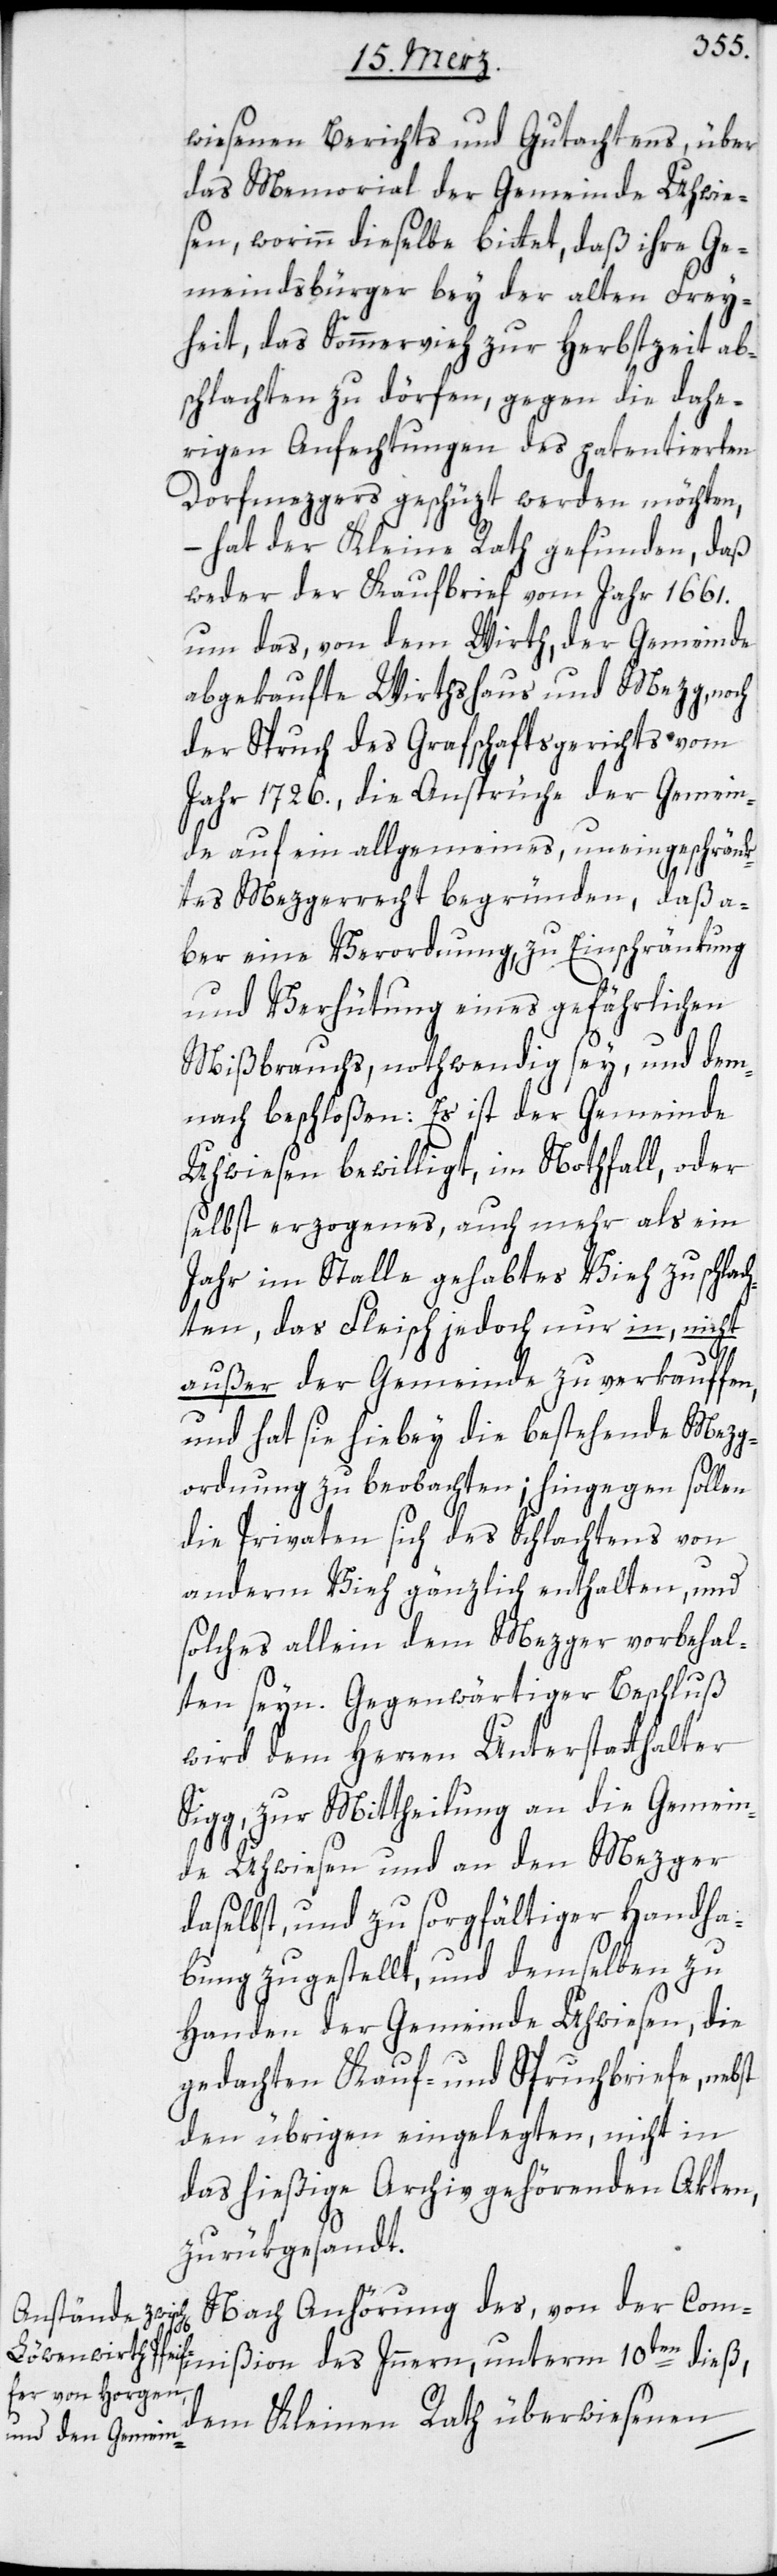
wiesenen Berichts und Gutachtens, über
das Memorial der Gemeinde Uhwie¬
sen, worinn dieselbe bittet, daß ihre Ge¬
meindsbürger bey der alten Frey¬
heit, das Sommervieh zur Herbstzeit ab¬
schlachten zu dörfen, gegen die dahe¬
rigen Anfechtungen des patentierten
Dorfmezgers geschüzt werden möchten,
– hat der Kleine Rath gefunden, daß
weder der Kaufbrief vom Jahr 1661.
um das, von dem Wirth, der Gemeinde
abgekaufte Wirthshaus und Mezg, noch
der Spruch des Grafschaftsgerichts vom
Jahr 1726., die Ansprüche der Gemein¬
de auf ein allgemeines, uneingeschränk¬
tes Mezgenrecht begründen, daß a¬
ber eine Verordnung zu Einschränkung
und Verhütung eines gefährlichen
Mißbrauchs, nothwendig sey, und dem¬
nach beschloßen: Es ist der Gemeinde
Uhwiesen bewilligt, im Nothfall, oder
selbst erzogenes, auch mehr als ein
Jahr im Stalle gehabtes Vieh zu schlac¬
hten, das Fleisch jedoch nur in, nicht
außer der Gemeinde zu verkauffen,
und hat sie hiebey die bestehende Mezg¬
ordnung zu beobachten; hingegen sollen
die Privaten sich des Schlachtens von
anderem Vieh gänzlich enthalten, und
solches allein dem Mezger vorbehal¬
ten seyn. Gegenwärtiger Beschluß
wird dem Herren Unterstatthalter
Sigg, zur Mittheilung an die Gemein¬
de Uhwiesen und an den Mezger
daselbst, und zu sorgfältiger Handha¬
bung zugestellt, und demselben zu
Handen der Gemeinde Uhwiesen, die
gedachten Kauf- und Spruchbriefe, nebst
den übrigen eingelegten, nicht in
das hießige Archiv gehörenden Akten,
zurükgesandt.
Nach Anhörung des, von der Commi¬
ßion
dem Kleinen Rath überwiesenen